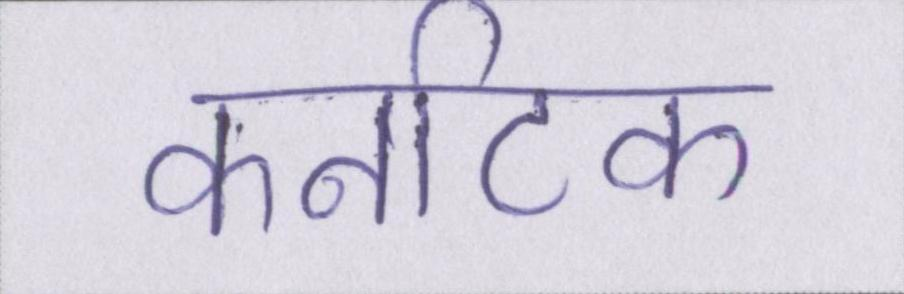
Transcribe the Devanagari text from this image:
कर्नाटक